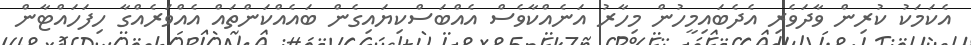
އެކަމަކު ކުރިން ވާދަވެރި އެދެބައިމީހުން މިހާރު އަނެއްކާވެސް އެއްބަސްކިޔައިގެން ބައެއްކަންތައް އެއްވަރެއްގާ ހިފަހައްޓާން